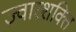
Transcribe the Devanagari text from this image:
ज्वारशक्ति